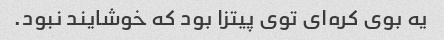
یه بوی کره‌ای توی پیتزا بود که خوشایند نبود.